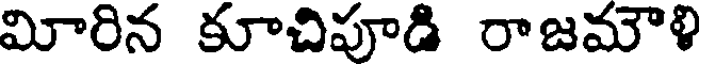
మోరిన కూచిపూడి రాజమౌళి